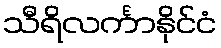
သီရိလင်္ကာနိုင်ငံ